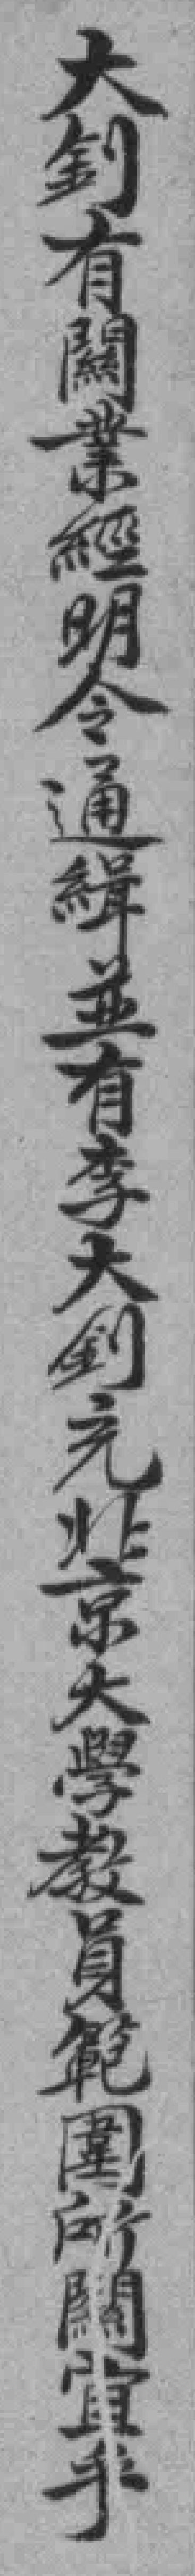
大钊有關業經明令通缉並有李大钊*北京大學教員範圍所關宜乎